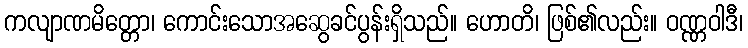
ကလျာဏမိတ္တော၊ ကောင်းသောအဆွေခင်ပွန်းရှိသည်။ ဟောတိ၊ ဖြစ်၏လည်း။ ဝဏ္ဏဝါဒီ၊